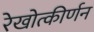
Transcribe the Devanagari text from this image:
रेखोत्कीर्णन